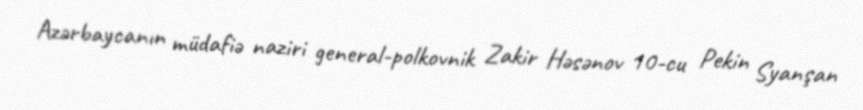
Azərbaycanın müdafiə naziri general-polkovnik Zakir Həsənov 10-cu Pekin Syanşan